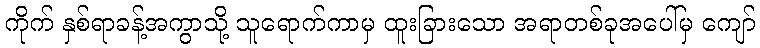
ကိုက် နှစ်ရာခန့်အကွာသို့ သူရောက်ကာမှ ထူးခြားသော အရာတစ်ခုအပေါ်မှ ကျော်